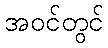
အဝင်တွင်